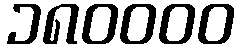
၁၈၀၀၀၀